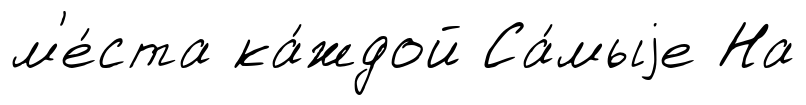
м'е́ста ка́ждой Са́мыjе На